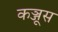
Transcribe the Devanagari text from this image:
कञ्जूस